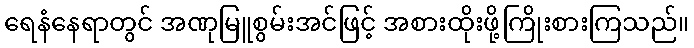
ရေနံနေရာတွင် အဏုမြူစွမ်းအင်ဖြင့် အစားထိုးဖို့ကြိုးစားကြသည်။